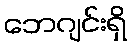
ဘေဂျင်းရှိ